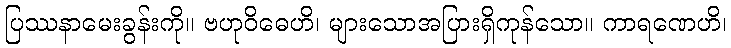
ပြဿနာမေးခွန်းကို။ ဗဟုဝိဓေဟိ၊ များသောအပြားရှိကုန်သော။ ကာရဏေဟိ၊